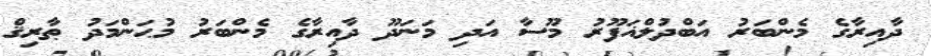
ދާއިރާގެ މެންބަރު އަބްދުލްޣަފޫރު މޫސާ އަދި މަނަދޫ ދާއިރާގެ މެންބަރު މުޙަންމަދު ޠާރިޤް